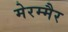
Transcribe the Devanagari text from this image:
मेरम्मैर